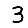
Digit: 3